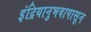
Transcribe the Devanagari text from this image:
इंद्रियानुभवापासून